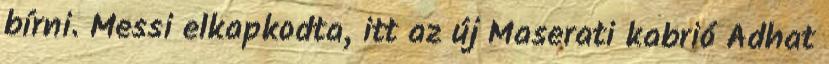
bírni. Messi elkapkodta, itt az új Maserati kabrió Adhat